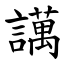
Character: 䜕